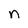
Character: n